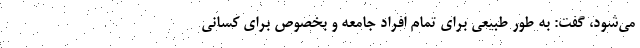
می‌شود، گفت: به طور طبیعی برای تمام افراد جامعه و بخصوص برای کسانی